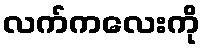
လက်ကလေးကို